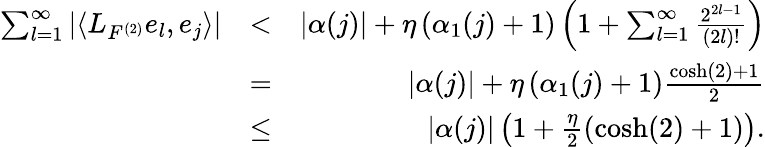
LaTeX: \begin{array}{rlr}{\sum_{l=1}^{\infty}\left|\left\langle L_{F^{(2)}}e_{l},e_{j}\right\rangle\right|}&{<}&{\left|\alpha(j)\right|+\eta\left(\alpha_{1}(j)+1\right)\left(1+\sum_{l=1}^{\infty}\frac{2^{2l-1}}{(2l)!}\right)}\\ &{=}&{\left|\alpha(j)\right|+\eta\left(\alpha_{1}(j)+1\right)\frac{\cosh(2)+1}{2}}\\ &{\leq}&{\left|\alpha(j)\right|\left(1+\frac{\eta}{2}\left(\cosh(2)+1\right)\right).}\end{array}